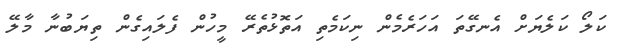
ކަލޯ ކަލެޔަށް އެނގޭތަ އަހަރެމެން ނިކަމެތި އަތޮޅުތެރޭ މީހުން ފެލައިގެން ތިޔަބުނާ މާލޭ